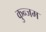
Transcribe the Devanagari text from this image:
कुन्जम